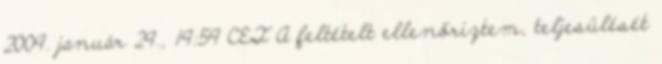
2009. január 29., 19:59 CET A feltételt ellenőriztem, teljesülését